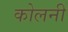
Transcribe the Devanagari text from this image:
कोलनी